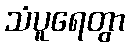
သံပူရေတွာ